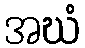
အဃံ